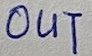
Text: OUT